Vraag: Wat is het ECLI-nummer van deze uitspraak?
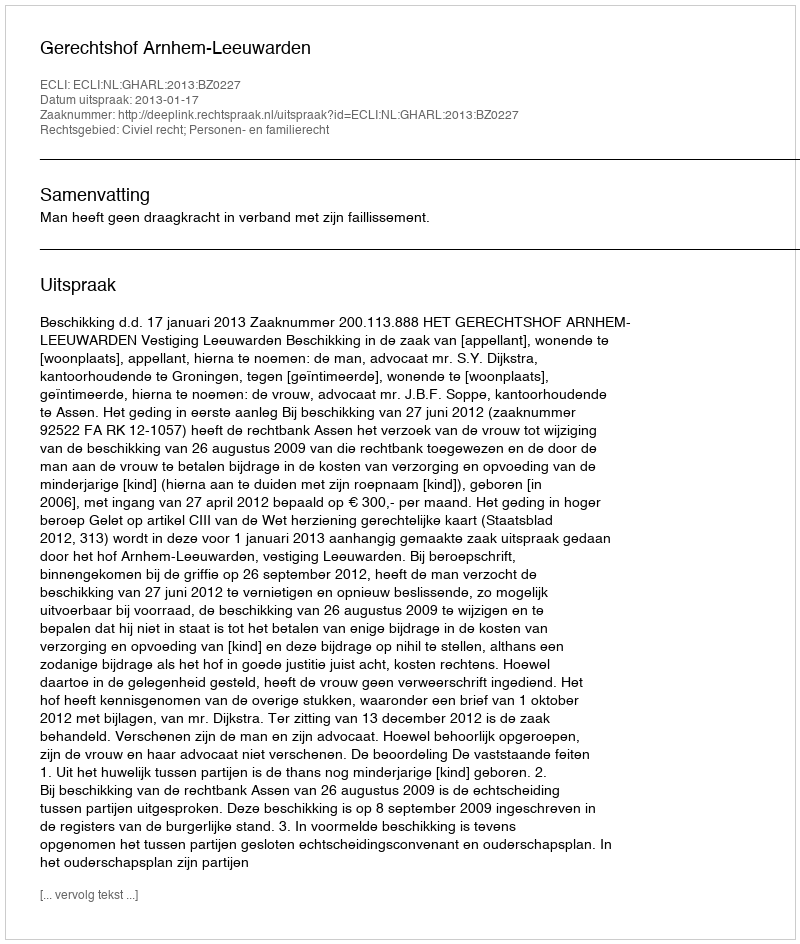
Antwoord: ECLI:NL:GHARL:2013:BZ0227